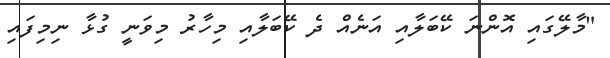
"މާލޭގައި އޮންނަ ކޭބަލާއި އަނެއް ދެ ކޭބަލާއި މިހާރު މިވަނީ ގުޅާ ނިމިފައި